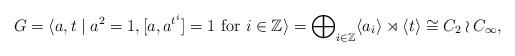
LaTeX: \begin{align*} G = \langle a, t \mid a^{2} = 1, [a, a^{t^i}]=1 \text{ for $i \in \mathbb{Z}$} \rangle = \bigoplus\nolimits_{i \in \mathbb{Z}} \langle a_i \rangle \rtimes \langle t \rangle \cong C_2\wr C_\infty, \end{align*}